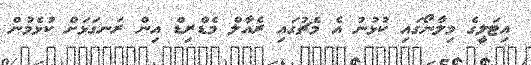
އިޓަލީގެ މިލާނޯގައި ކުޅުނު އެ މެޗުގައި ރެއާލް މެޑްރިޑް އިން ރަނގަޅަށް ކުޅެމުން